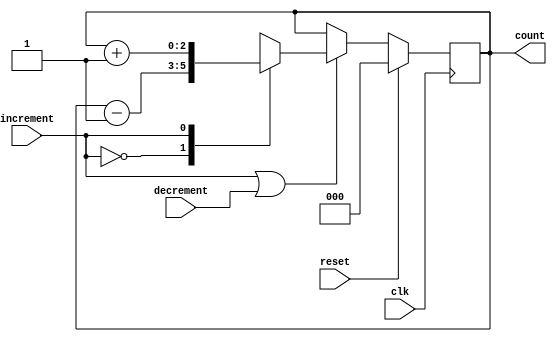
`timescale 1ns / 1ps
//////////////////////////////////////////////////////////////////////////////////
// Company: 
// Engineer: 
// 
// Design Name: 
// Module Name:    counter 
// Project Name: 
// Target Devices: 
// Tool versions: 
// Description: 
//
// Dependencies: 
//
// Revision: 
// Revision 0.01 - File Created
// Additional Comments: 
//
//////////////////////////////////////////////////////////////////////////////////
module counter(
	input 		 	 increment,
	input 			 decrement,
	input 			 reset,
	input 			 clk,
	output reg [2:0] count
    );
	
	reg 	  enable;
	reg [2:0] mux_out;
	
	always@(*)
		begin
			case(increment)
				1'b0 : mux_out = count - 1;
				1'b1 : mux_out = count + 1;
			endcase
		end
	
	always@(*)
		enable = increment | decrement;
		
	always@(posedge clk)
		begin
			if(reset) 
				begin
					count <= 0;
				end
			else if(enable) 
				begin
					count <= mux_out;
				end
		end
endmodule